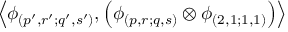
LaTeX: \left\langle \phi _ { ( p ^ { \prime } , r ^ { \prime } ; q ^ { \prime } , s ^ { \prime } ) } , \left( \phi _ { ( p , r ; q , s ) } \otimes \phi _ { ( 2 , 1 ; 1 , 1 ) } \right) \right\rangle